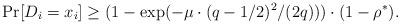
LaTeX: \begin{align*}\Pr[D_i = x_i] \geq (1-\exp(-\mu\cdot(q-1/2)^2/(2q))) \cdot (1-\rho^*).\end{align*}